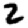
Digit: 2